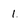
Character: 1